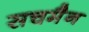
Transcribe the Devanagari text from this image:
सचमैन